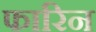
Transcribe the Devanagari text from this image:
फारिन